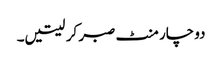
دو چار منٹ صبر کر لیتیں۔